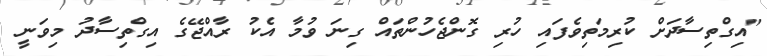
"އިގްތިސާދަށް ކުރިމަތިވެފައި ހުރި ގޮންޖެހުންތައް ގިނަ ވުމާ އެކު ރާއްޖޭގެ އިގްތިސާދު މިވަނީ